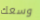
وسعك